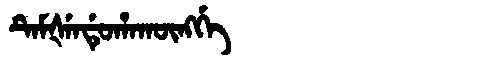
Manchu: ᡨᡝᠮᡧᡝᠨᡩᡠᡥᠠᡴᡡᠩᡤᡝ
Romanization: TEMŠENDUHAKŪNGGE